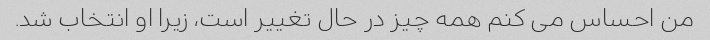
من احساس می کنم همه چیز در حال تغییر است، زیرا او انتخاب شد.